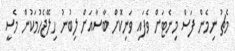
މެޗު ނިމެން ފަސް މިނެޓަށް ވެފައި ވަނިކޮށް ބާސާއަށް ލިބުނު ހިލޭޖެހުމަކުން މެސީ